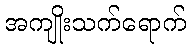
အကျိုးသက်ရောက်